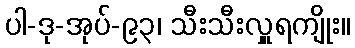
ပါ-ဒု-အုပ်-၉၃၊ သီးသီးလှူရကျိုး။